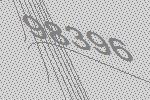
98396